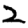
Digit: 2